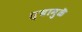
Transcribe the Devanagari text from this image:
त्यामुळॆ